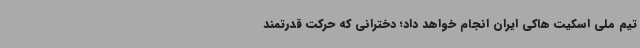
تیم ملی اسکیت هاکی ایران انجام خواهد داد؛ دخترانی که حرکت قدرتمند